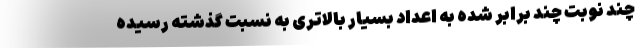
چند نوبت چند برابر شده به اعداد بسیار بالاتری به نسبت گذشته رسیده